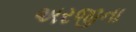
અરજીના